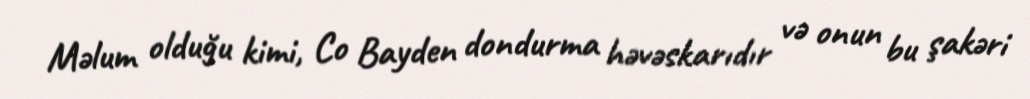
Məlum olduğu kimi, Co Bayden dondurma həvəskarıdır və onun bu şakəri